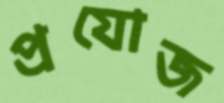
প্রযোজ